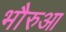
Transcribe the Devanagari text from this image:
भौरुआ